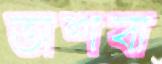
তাশবা